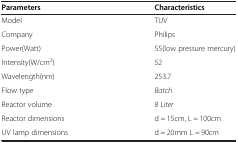
<table><thead><tr><td><b>Parameters</b></td><td><b>Characteristics</b></td></tr></thead><tbody><tr><td>Model</td><td>TUV</td></tr><tr><td>Company</td><td>Philips</td></tr><tr><td>Power(Watt)</td><td>55(low pressure mercury)</td></tr><tr><td>Intensity(W/cm<sup>2</sup>)</td><td>52</td></tr><tr><td>Wavelength(nm)</td><td>253.7</td></tr><tr><td>Flow type</td><td><i>Batch</i></td></tr><tr><td>Reactor volume</td><td><i>8 Liter</i></td></tr><tr><td>Reactor dimensions</td><td>d = 15cm, L = 100cm</td></tr><tr><td>UV lamp dimensions</td><td>d = 20mm L = 90cm</td></tr></tbody></table>